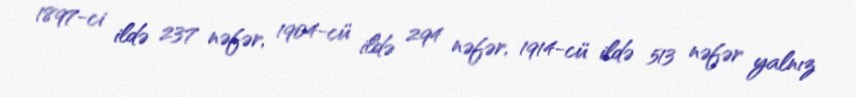
1897-ci ildə 237 nəfər, 1904-cü ildə 294 nəfər, 1914-cü ildə 513 nəfər yalnız